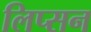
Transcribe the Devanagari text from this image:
लिप्सन